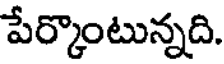
పేర్కొంటున్నది.